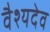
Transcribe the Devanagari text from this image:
वैश्यदेव